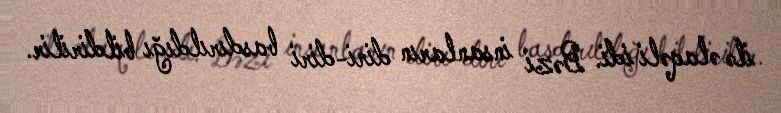
ilə əlaqəli idi. Bəzi insanların diri-diri basdırıldığı bildirilir.